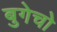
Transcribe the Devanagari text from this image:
बुगेचो